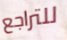
للتراجع